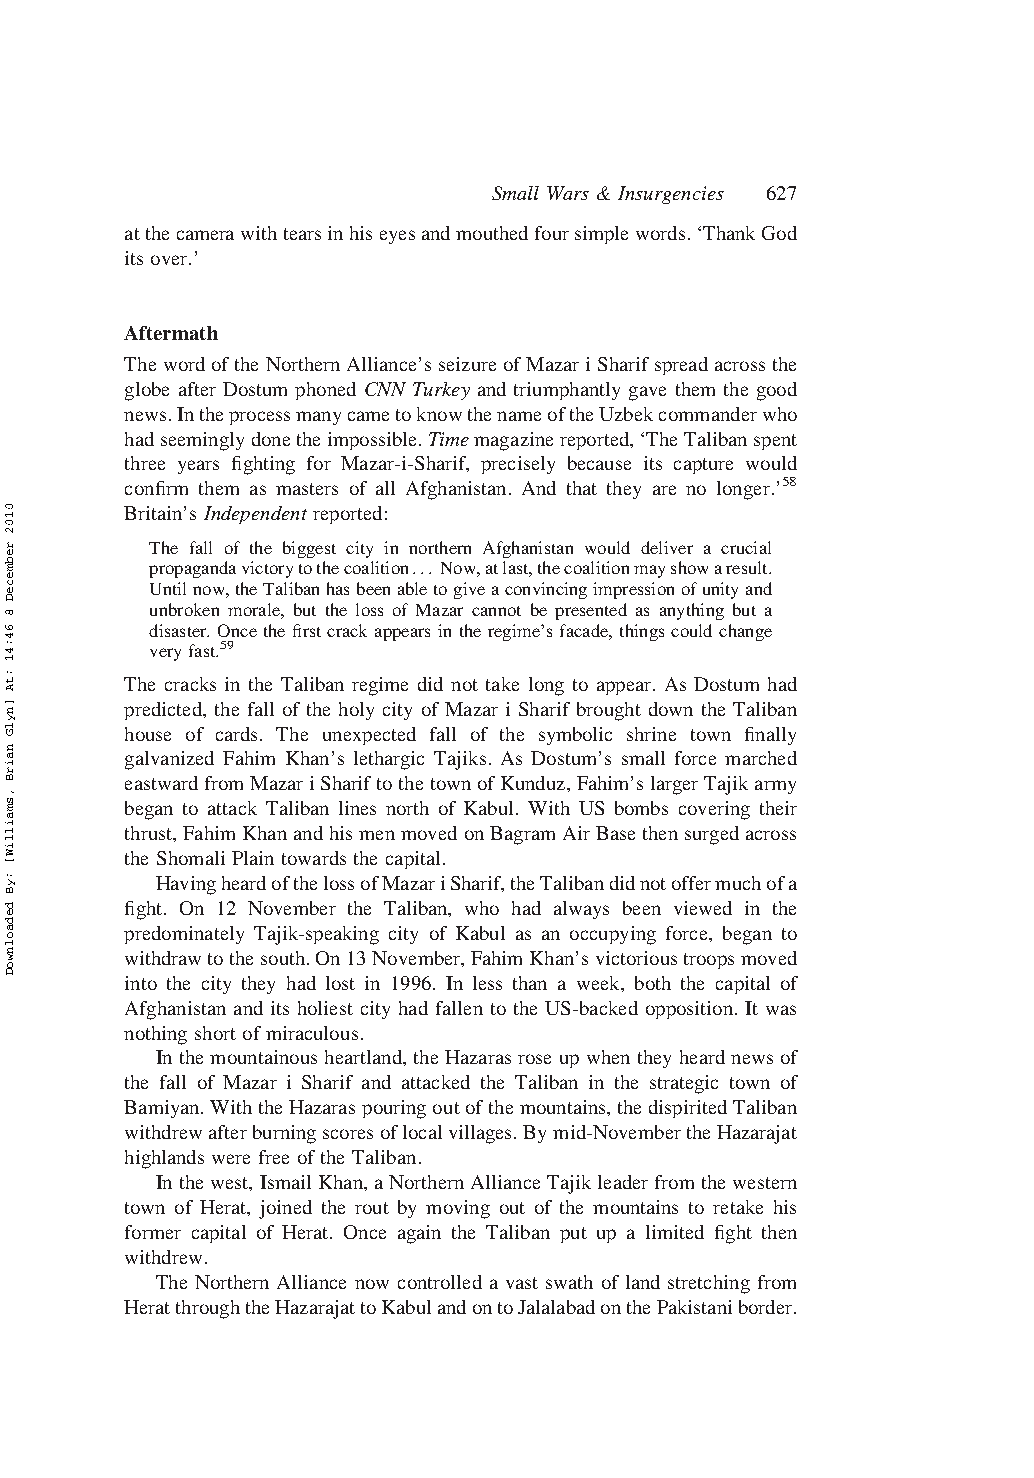
Small Wars & Insurgencies 627
 atthecamerawithtearsinhiseyesandmouthedfoursimplewords.‘ThankGod
 itsover.’
 Aftermath
 ThewordoftheNorthernAlliance’sseizureofMazariSharifspreadacrossthe
 globe after Dostum phoned CNN Turkey and triumphantly gave them the good
 news.IntheprocessmanycametoknowthenameoftheUzbekcommanderwho
 hadseeminglydonetheimpossible.Timemagazinereported,‘TheTalibanspent
 three years fighting for Mazar-i-Sharif, precisely because its capture would
 confirm them as masters of all Afghanistan. And that they are no longer.’58
 Britain’s Independent reported:
 The fall of the biggest city in northern Afghanistan would deliver a crucial
 propagandavictorytothecoalition... Now,atlast,thecoalitionmayshowaresult.
 Untilnow,theTalibanhasbeenabletogiveaconvincingimpressionofunityand
 unbroken morale, but the loss of Mazar cannot be presented as anything but a
 disaster. Oncethefirstcrack appearsintheregime’sfacade, things couldchange
 veryfast.59
 The cracks in the Taliban regime did not take long to appear. As Dostum had
 predicted, the fall of the holy city of Mazar i Sharif brought down the Taliban
 house of cards. The unexpected fall of the symbolic shrine town finally
 galvanized Fahim Khan’s lethargic Tajiks. As Dostum’s small force marched
 eastwardfromMazariShariftothetownofKunduz,Fahim’slargerTajikarmy
 began to attack Taliban lines north of Kabul. With US bombs covering their
 thrust,FahimKhanandhismenmovedonBagramAirBasethensurgedacross
 the Shomali Plain towardsthe capital.
 HavingheardofthelossofMazariSharif,theTalibandidnotoffermuchofa
 fight. On 12 November the Taliban, who had always been viewed in the
 predominately Tajik-speaking city of Kabul as an occupying force, began to
 withdrawtothesouth.On13November,FahimKhan’svictorioustroopsmoved
 into the city they had lost in 1996. In less than a week, both the capital of
 Afghanistan and its holiest city had fallen to the US-backed opposition. It was
 nothing shortof miraculous.
 Inthemountainousheartland,theHazarasroseupwhentheyheardnewsof
 the fall of Mazar i Sharif and attacked the Taliban in the strategic town of
 Bamiyan.WiththeHazaraspouringoutofthemountains,thedispiritedTaliban
 withdrewafterburningscoresoflocalvillages.Bymid-NovembertheHazarajat
 highlandswere free ofthe Taliban.
 Inthewest,IsmailKhan,aNorthernAllianceTajikleaderfromthewestern
 town of Herat, joined the rout by moving out of the mountains to retake his
 former capital of Herat. Once again the Taliban put up a limited fight then
 withdrew.
 The Northern Alliance now controlled a vast swath of land stretching from
 HeratthroughtheHazarajattoKabulandontoJalalabadonthePakistaniborder.
 0102
 rebmeceD
 8
 64:41
 :tA
 ]nylG
 nairB
 ,smailliW[
 :yB
 dedaolnwoD